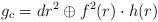
LaTeX: \begin{align*}g_c=dr^2\oplus f^2(r)\cdot h(r)\end{align*}